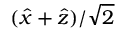
( { \hat { x } } + { \hat { z } } ) / { \sqrt { 2 } }